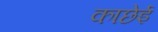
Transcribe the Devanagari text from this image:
काछेई